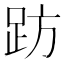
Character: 趽